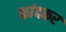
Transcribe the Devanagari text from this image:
फांदकर